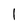
Character: I